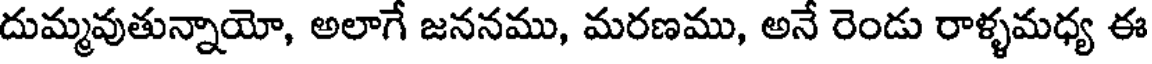
దుమ్మవుతున్నాయో, అలాగే జననము, మరణము, అనే రెండు రాళ్ళమధ్య ఈ